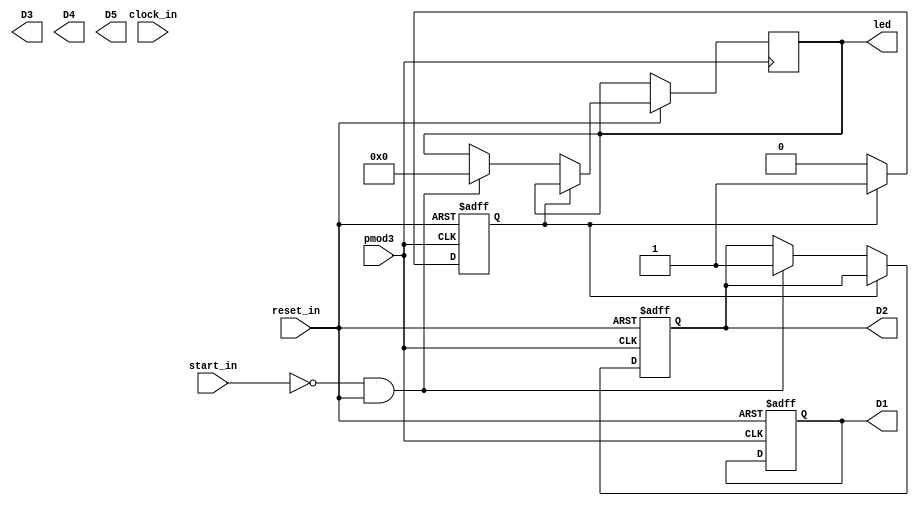
module counter #(
    // Parameters
    parameter COUNTER_SIZE = 8,
    parameter START_VALUE = 8'b0,
    parameter STOP_VALUE = 8'b1,
    parameter STEP_VALUE = 1'b1
) (
    // // Inputs
    // input clock,
    // input reset,
    // input start,
    input reset_in,
    input start_in,
    input clock_in,
    input pmod3,


    // Outputs
    // output reg done,
    // output reg enabled,
    // output reg [COUNTER_SIZE-1:0] value
    // Outputs
    output [7:0] led,

    // Debug Outputs
    output D1,
    output D2,
    output D3,
    output D4,
    output D5
);
    // Debug Assignments
    wire clock = ~pmod3;
    wire reset = ~reset_in;
    wire start = ~start_in;
    reg done;
    assign D1 = done;
    reg enabled;
    assign D2 = enabled;
    reg [7:0] value;
    assign led = value;


    // Internal Storage
    reg state;


    // States
    localparam STATE_WAIT = 1'b0;
    localparam STATE_COUNT = 1'b0;
    localparam OFF = 1'b0;
    localparam ON = 1'b1;

    // // Instantiate the clock
    // clock_divider clock1 (
    //     .clock_in(clock_in),
    //     .reset(reset),
    //     .clock_out(clock)
    // );

    always @ (posedge clock or posedge reset) begin
        if (reset) begin
            enabled <= OFF;
            done <= ON;
            state <= STATE_WAIT;
        end else 

        case (state)
            STATE_WAIT: begin
                //Transition to Count State
                if (start & ~reset) begin
                    enabled <= ON;
                    value <= START_VALUE;
                    state <= STATE_COUNT;
                end
            end
            STATE_COUNT: begin
                // Transition to Wait State
                if (value == STOP_VALUE)begin
                    enabled <= OFF;
                    done <= ON;
                    state <= STATE_WAIT;

                // Or Cycle Counter
                end else begin          
                    value <= value + STEP_VALUE;
                end
            end
        endcase
    end
endmodule